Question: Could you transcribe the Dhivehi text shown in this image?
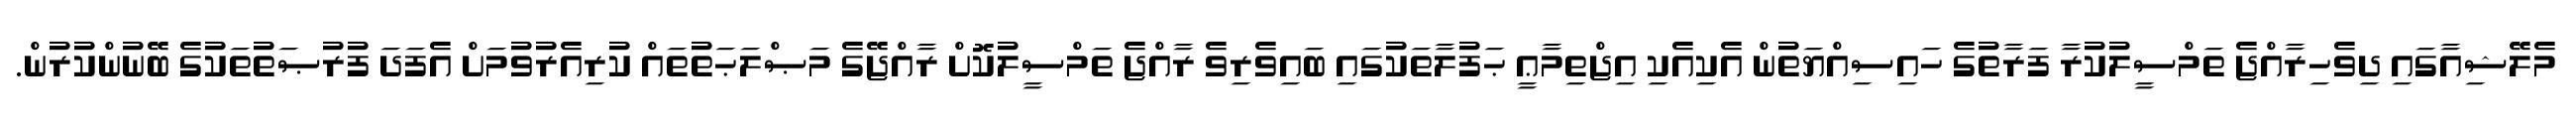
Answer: މެލޭޝިއާގައި ދިވެހިރާއްޖެ ތަމްސީލުކުރާ ފަރާތުގެ ހައިސިއްޔަތުން އެކިއެކި އިޖްތިމާޢީ ޙަފުލާތަކުގައި ބައިވެރިވެ ރާއްޖެ ތަމްސީލުކޮށް ރާއްޖޭގެ މަޞްލަޙަތުތައް ކުރިއެރުވުމަށް އެފަދަ ފުރުޞަތުތަކުގެ ބޭނުންކުރުން.